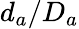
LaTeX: d_{a}/D_{a}